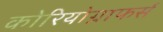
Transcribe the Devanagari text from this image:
कोरियोग्राफर्स